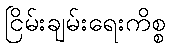
ငြိမ်းချမ်းရေးကိစ္စ